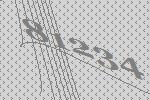
81234